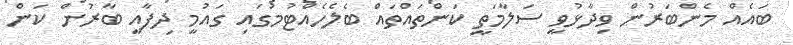
ބައެއް މެންބަރުން ވިދާޅުވީ ސަލާމަތީ ކަންތައްތައް ބެލެހެއްޓުމުގައި ގައުމީ ދިފާއީ ބާރުން ކަން